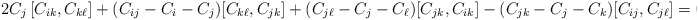
\begin{align*}2C_j\,[C_{ik},C_{k\ell}] +(C_{ij}-C_i-C_j)[C_{k\ell},C_{jk}] +(C_{j\ell}-C_j-C_\ell) [C_{jk},C_{ik}] -(C_{jk}-C_j-C_k)[C_{ij},C_{j\ell}] =0\,. \end{align*}